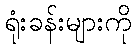
ရုံးခန်းများကို